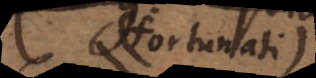
i (fortunati)